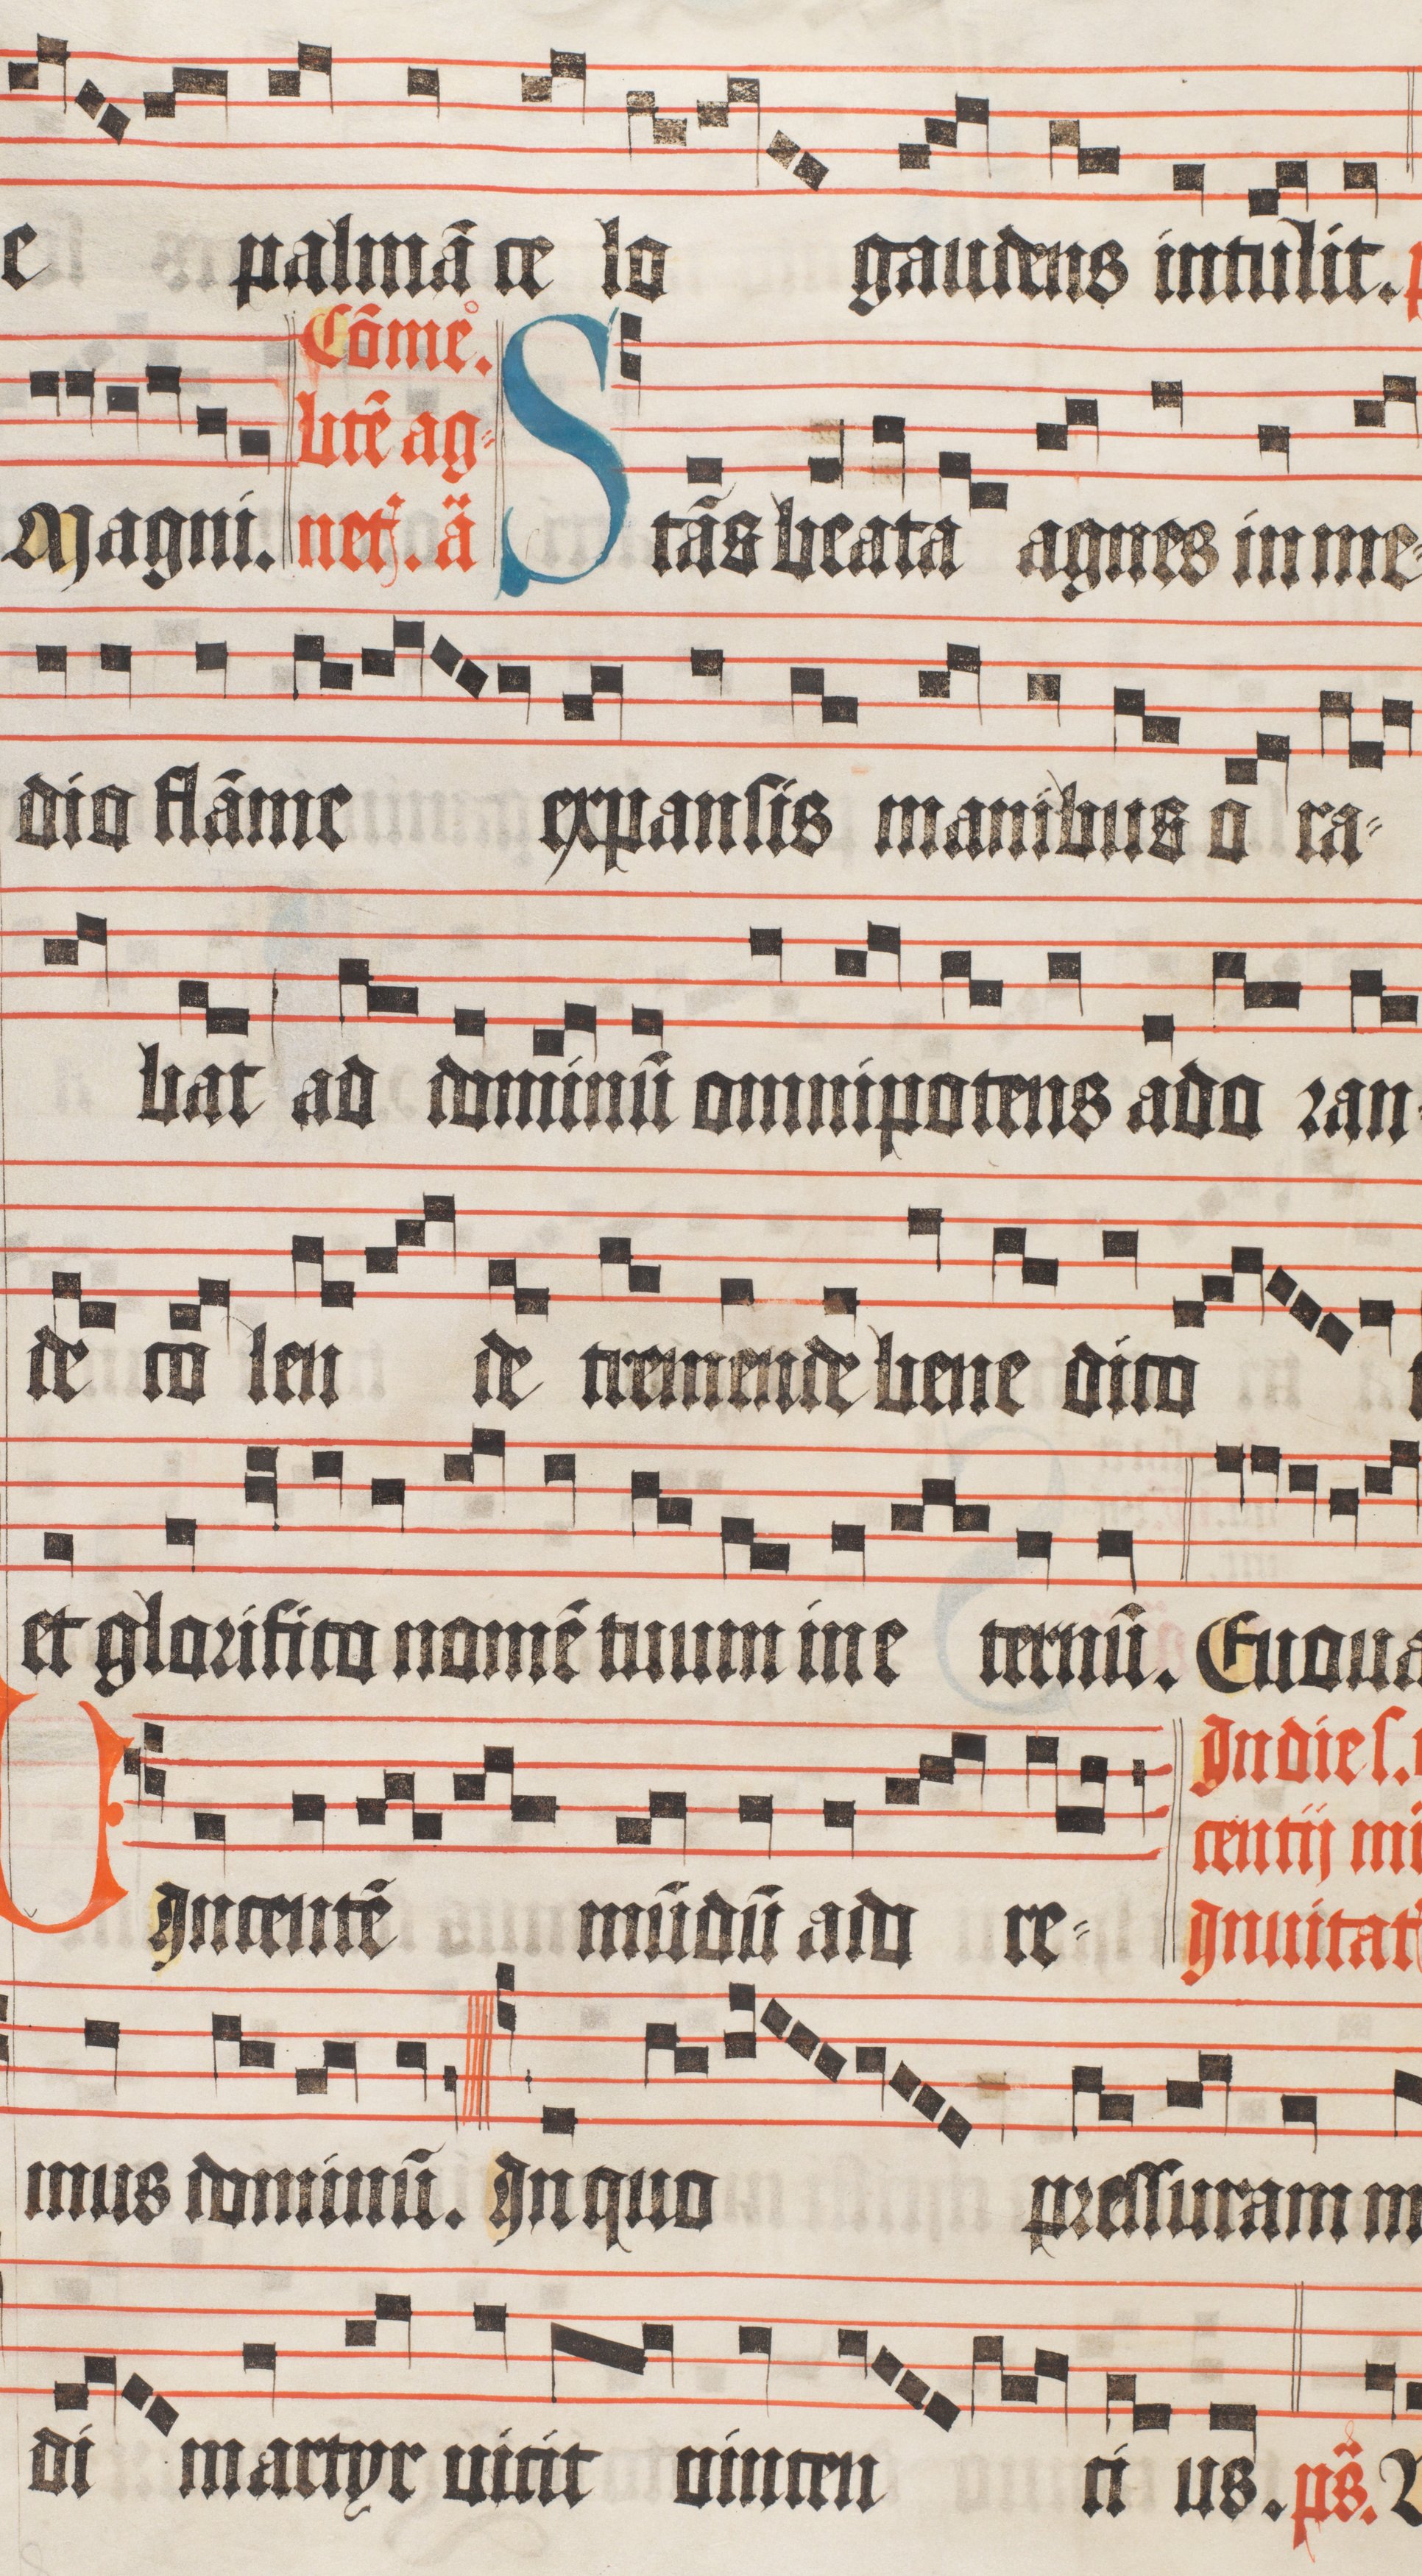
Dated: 1510–1517